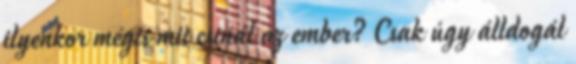
ilyenkor mégis mit csinál az ember? Csak úgy álldogál